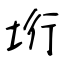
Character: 垳